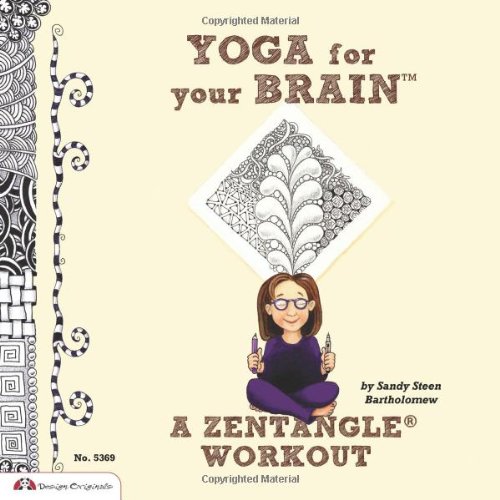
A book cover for Yoga for Your Brain: A Zentangle Workout; Sandy Bartholomew; Crafts, Hobbies & Home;